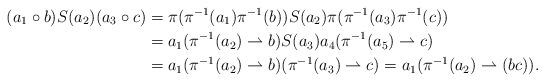
LaTeX: \begin{align*}(a_1\circ b)S(a_2)(a_3\circ c)&=\pi(\pi^{-1}(a_1)\pi^{-1}(b))S(a_2)\pi(\pi^{-1}(a_3)\pi^{-1}(c))\\&=a_1(\pi^{-1}(a_2)\rightharpoonup b)S(a_3)a_4(\pi^{-1}(a_5)\rightharpoonup c)\\&=a_1(\pi^{-1}(a_2)\rightharpoonup b)(\pi^{-1}(a_3)\rightharpoonup c)=a_1(\pi^{-1}(a_2)\rightharpoonup (bc)).\end{align*}